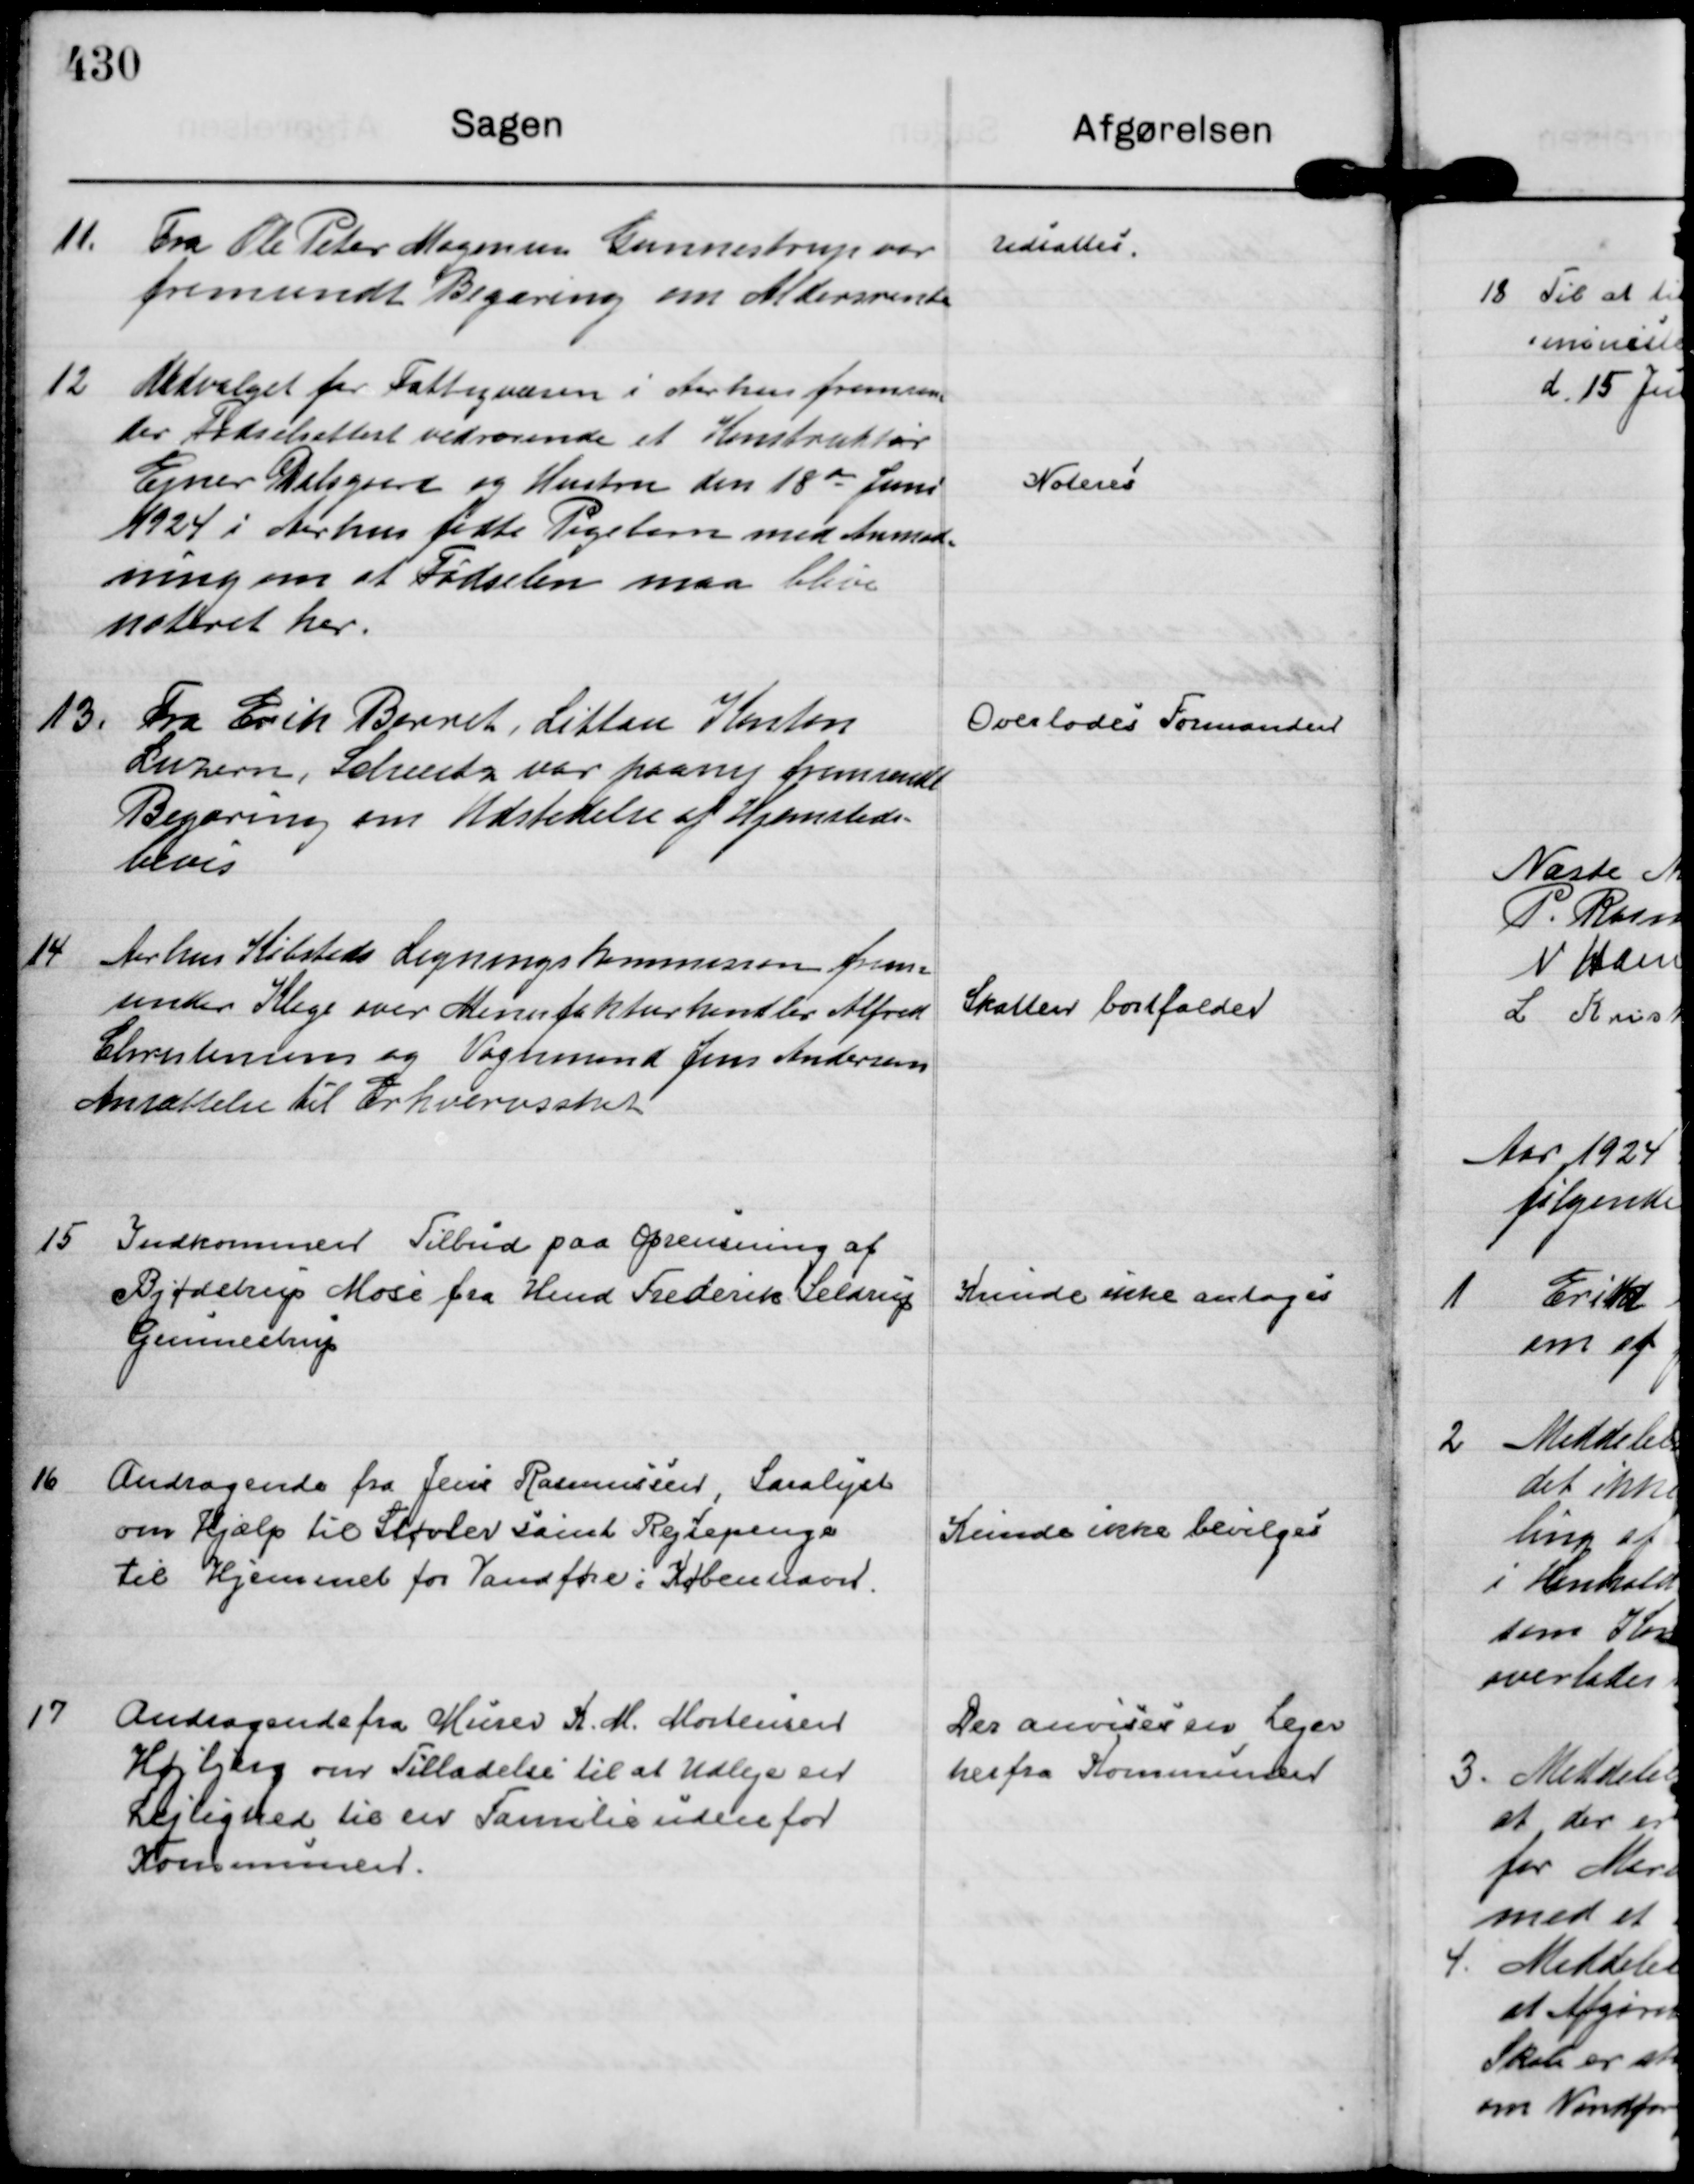
Transskription:
11.
Fra Ole Peter Mogensen Gunnestrup var
fremsendt Begæring om Aldersrente

Udsattes

12
Udvalget for Fattigvæsen i Aarhus fremsen=
der Fødselsattest vedrørende at Konstruktør
Ejner Dalsgaard og Hustru den 18 de Juni
1924 i Aarhus fødte Pigebarn med Anmod=
ning om at Fødselen maa blive
noteret her.

Noteres

13.
Fra Erik Barret, Littan Kanton
Luzern, Schveitz var paany fremsendt
Begæring om Udstedelse af Hjemsteds=
bevis

Overlodes Formanden

14
Aarhus Købstads Ligningskommision frem= 
sender Klage over Manufakturhandler Alfred
Christensens og Vognmand Jens Andersens
Ansættelse til Erhvervsskat

Skatten bortfalder

15
Indkommen Tilbud paa Oprensning af
Bjødstrup Mose fra Hmd Frederik Seldrup
Gunnestrup

Kunde ikke antages

16
Andragende fra Jens Rasmussen, Saralyst
om Hjælp til Støvler samt Rejsepenge
til Hjemmet for Vanføre i København.

Kunde ikke bevilges

17
Andragende fra Murer K. M. Mortensen
Højbjerg om Tilladelse til at Udleje en
Lejlighed til en Familie udenfor
Kommunen.

Der anvises en Lejer
herfra Kommunen